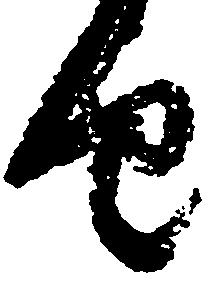
由